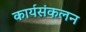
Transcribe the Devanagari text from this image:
कार्यसंकलन